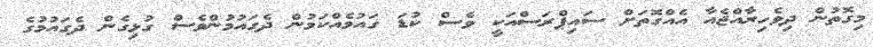
މިގޮތުން ދިވެހިރާއްޖެއާ އެއްގޮތަށް ސައިޕްރަސްއަކީ ވެސް ކުޑަ ގައުމެއްކަމުން ދެގައުމުންވެސް ގުޅިގެން ދެގައުމުގެ